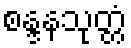
စန္ဒနသုတ္တံ